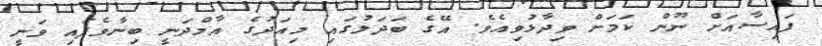
ފައިސާއަށް ނޫން ކަމަށް ވިދާޅުވިއެވެ. އޭގެ ބަދަލުގައި މިއަދުގެ އާމްދަނީ ބިނާވެފައި ވަނީ